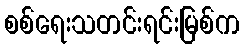
စစ်ရေးသတင်းရင်းမြစ်က